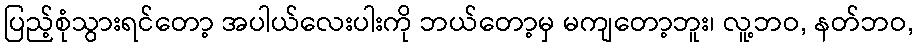
ပြည့်စုံသွားရင်တော့ အပါယ်လေးပါးကို ဘယ်တော့မှ မကျတော့ဘူး၊ လူ့ဘဝ, နတ်ဘဝ,